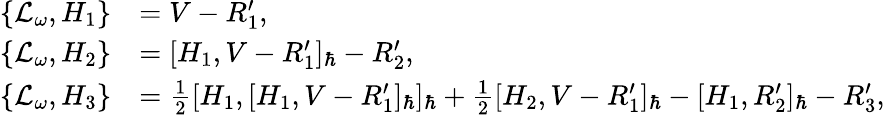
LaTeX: \begin{array}{rl}{\{ \mathcal{L}_{\omega},H_{1}\} }&{=V-R_{1}^{\prime},}\\ {\{ \mathcal{L}_{\omega},H_{2}\} }&{=[H_{1},V-R_{1}^{\prime}]_{\hbar}-R_{2}^{\prime},}\\ {\{ \mathcal{L}_{\omega},H_{3}\} }&{=\frac{1}{2}[H_{1},[H_{1},V-R_{1}^{\prime}]_{\hbar}]_{\hbar}+\frac{1}{2}[H_{2},V-R_{1}^{\prime}]_{\hbar}-[H_{1},R_{2}^{\prime}]_{\hbar}-R_{3}^{\prime},}\end{array}